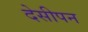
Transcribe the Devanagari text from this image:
देसीपन